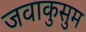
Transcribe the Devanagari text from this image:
जवाकुसुम